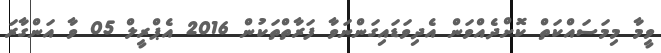
ވީމާ މިމަސައްކަތް ކޮށްދެއްވަން އެދިވަޑައިގަންނަވާ ފަރާތްތަކުން 2016 އެޕްރީލް 05 ވާ އަންގާރަ